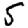
Digit: 5